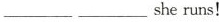
___ ___sheruns! 4.Mr.Clark enjoys bowling.(就划线部分提问) __Mr.Clark enjoy? 5.The Smiths have lived here_ since they came to China.(就划线部分提问) __havethe Smiths lived here?